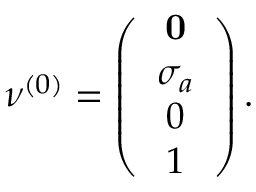
\nu ^ { ( 0 ) } = \left( \begin{array} { c c c } { { { \bf 0 } } } \\ { { \sigma _ { a } } } \\ { { 0 } } \\ { { 1 } } \end{array} \right) .